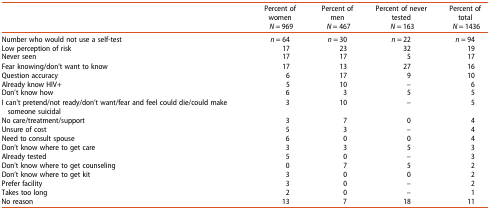
|  | Percent of womenN = 969 | Percent of menN = 467 | Percent of never testedN = 163 | Percent of totalN = 1436 |
 | --- | --- | --- | --- | --- |
 | Number who would not use a self-test | n = 64 | n = 30 | n = 22 | n = 94 |
 | Low perception of risk | 17 | 23 | 32 | 19 |
 | Never seen | 17 | 17 | 5 | 17 |
 | Fear knowing/don’t want to know | 17 | 13 | 27 | 16 |
 | Question accuracy | 6 | 17 | 9 | 10 |
 | Already know HIV+ | 5 | 10 | – | 6 |
 | Don’t know how | 6 | 3 | 5 | 5 |
 | I can’t pretend/not ready/don’t want/fear and feel could die/could make someone suicidal | 3 | 10 | – | 5 |
 | No care/treatment/support | 3 | 7 | 0 | 4 |
 | Unsure of cost | 5 | 3 | – | 4 |
 | Need to consult spouse | 6 | 0 | 0 | 4 |
 | Don’t know where to get care | 3 | 3 | 5 | 3 |
 | Already tested | 5 | 0 | – | 3 |
 | Don’t know where to get counseling | 0 | 7 | 5 | 2 |
 | Don’t know where to get kit | 3 | 0 | 0 | 2 |
 | Prefer facility | 3 | 0 | – | 2 |
 | Takes too long | 2 | 0 | – | 1 |
 | No reason | 13 | 7 | 18 | 11 |